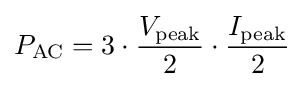
P_{\mathrm {AC} }=3\cdot {V_{\mathrm {peak} } \over 2}\cdot {I_{\mathrm {peak} } \over 2}